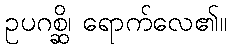
ဥပဂစ္ဆိ၊ ရောက်လေ၏။